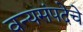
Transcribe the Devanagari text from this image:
वन्यसंपदेचे